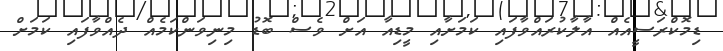
ޑިމޮކްރަސީއެއް އާލާކުރައްވާފައި ކަމަށާއި މީޑިއާ އަށް ވެސް ބޮޑު މިނިވަންކަމެއް ދެއްވާފައި ކަމަށް